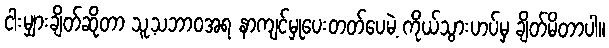
ငါးမျှားချိတ်ဆိုတာ သူ့သဘာဝအရ နာကျင်မှုပေးတတ်ပေမဲ့ ကိုယ်သွားဟပ်မှ ချိတ်မိတာပါ။